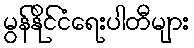
မွန်နိုင်ငံရေးပါတီများ